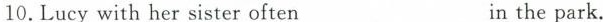
10.Lucywithhersisteroften_______inthe park.